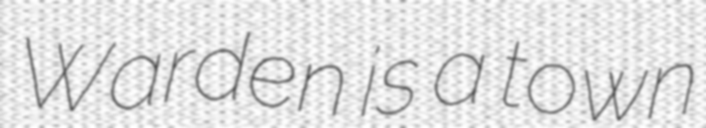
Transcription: Warden is a town